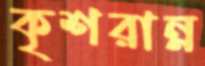
কৃশরান্ন